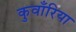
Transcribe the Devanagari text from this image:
कुवाँरिया